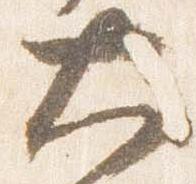
大